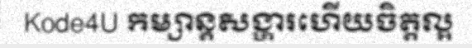
Kode4U កម្សាន្តសង្ហារហើយចិត្តល្អ